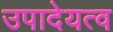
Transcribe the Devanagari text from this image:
उपादेयत्व